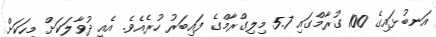
އަނބުޅައިގެ 100 ގުރާމްގައި 5.7 މިލިގްރާމްގެ ފައިބަރު ހުރެއެވެ. އެއީ ދުވާލަކަށް މީހަކަށް